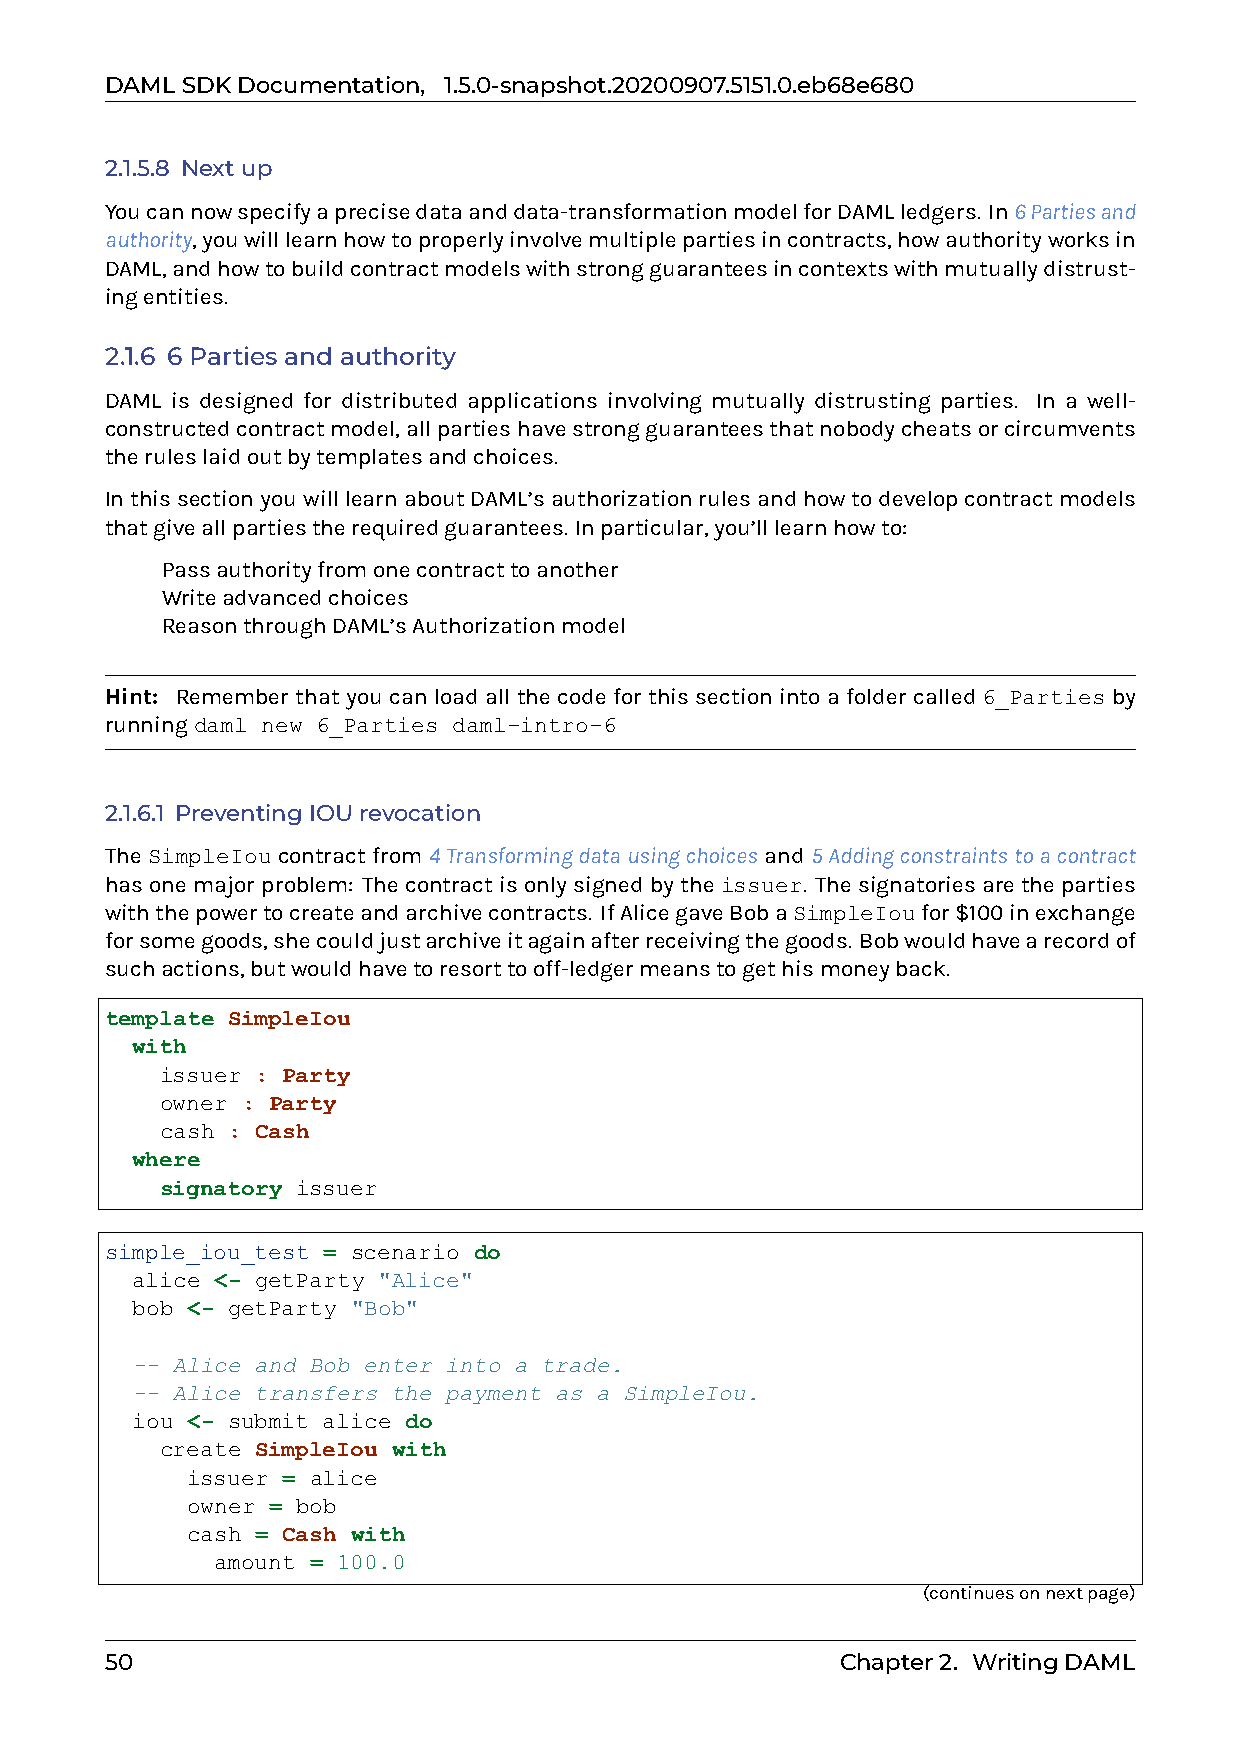
DAMLSDKDocumentation, 1.5.0-snapshot.20200907.5151.0.eb68e680
 2.1.5.8 Nextup
 Youcannowspecifyaprecisedataanddata-transformationmodelforDAMLledgers. In6Partiesand
 authority,youwilllearnhowtoproperlyinvolvemultiplepartiesincontracts,howauthorityworksin
 DAML,andhowtobuildcontractmodelswithstrongguaranteesincontextswithmutuallydistrust-
 ingentities.
 2.1.6 6 Parties and authority
 DAML is designed for distributed applications involving mutually distrusting parties. In a well-
 constructedcontractmodel,allpartieshavestrongguaranteesthatnobodycheatsorcircumvents
 theruleslaidoutbytemplatesandchoices.
 InthissectionyouwilllearnaboutDAML’sauthorizationrulesandhowtodevelopcontractmodels
 thatgiveallpartiestherequiredguarantees. Inparticular,you’lllearnhowto:
 0 Passauthorityfromonecontracttoanother
 0 Writeadvancedchoices
 0 ReasonthroughDAML’sAuthorizationmodel
 Hint: Remember that you can load all the code for this section into a folder called 6_Parties by
 runningdaml new 6_Parties daml-intro-6
 2.1.6.1 PreventingIOUrevocation
 The SimpleIou contract from 4Transformingdatausingchoices and 5Addingconstraintstoacontract
 hasonemajorproblem: Thecontractisonlysignedbytheissuer. Thesignatoriesaretheparties
 withthepowertocreateandarchivecontracts. IfAlicegaveBobaSimpleIoufor$100inexchange
 forsomegoods,shecouldjustarchiveitagainafterreceivingthegoods. Bobwouldhavearecordof
 suchactions,butwouldhavetoresorttooff-ledgermeanstogethismoneyback.
 template SimpleIou
 with
 issuer : Party
 owner : Party
 cash : Cash
 where
 signatory issuer
 simple_iou_test = scenario do
 alice <- getParty "Alice"
 bob <- getParty "Bob"
 -- Alice and Bob enter into a trade.
 -- Alice transfers the payment as a SimpleIou.
 iou <- submit alice do
 create SimpleIou with
 issuer = alice
 owner = bob
 cash = Cash with
 amount = 100.0
 (continuesonnextpage)
 50                                               Chapter2. WritingDAML